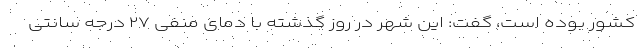
کشور بوده است، گفت: این شهر در روز گذشته با دمای منفی ۲۷ درجه سانتی